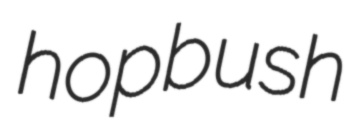
hopbush